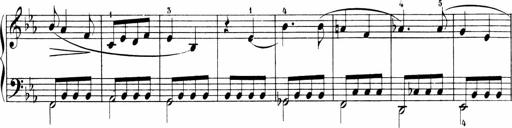
Title: 6 Sonatinas
Composer: Carl Reinecke